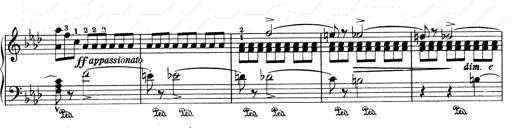
Title: Weinen, Klagen, Sorgen, Zagen
Composer: Franz Liszt